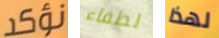
نؤكد لطفاء لهذا